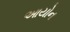
આયોન